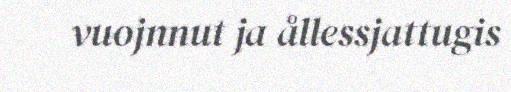
vuojnnut ja ållessjattugis